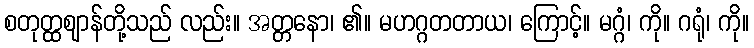
စတုတ္ထဈာန်တို့သည် လည်း။ အတ္တနော၊ ၏။ မဟဂ္ဂတတာယ၊ ကြောင့်။ မဂ္ဂံ၊ ကို။ ဂရုံ၊ ကို။